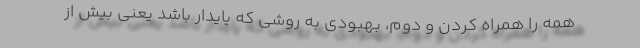
همه را همراه کردن و دوم، بهبودی به روشی که پایدار باشد یعنی بیش از